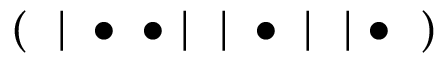
( \ \ | \ \bullet \ \bullet \ | \ \ | \ \bullet \ | \ \ | \ \bullet \ \ )